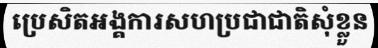
ប្រេសិតអង្គការសហប្រជាជាតិសុំខ្លួន